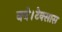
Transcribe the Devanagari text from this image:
बने।टेक्सास